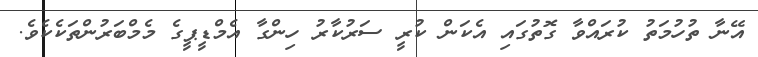
އޭނާ ތުހުމަތު ކުރައްވާ ގޮތުގައި އެކަން ކުރީ ސަރުކާރު ހިންގާ އެމްޑީޕީގެ މެމްބަރުންތަކެކެވެ.